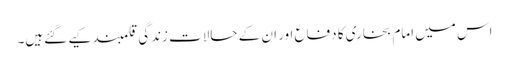
اس میں امام بخاری کا دفاع اور ان کے حالات زندگی قلمبند کیے گئےہیں۔